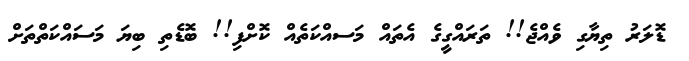
ޑޮލަރު ތިޔާގި ވެއްޖެ!! ތަރައްގީގެ އެތައް މަސއްކަތެއް ކޮށްފި!! ބޮޑެތި ބިޔަ މަސައްކަތްތަށް